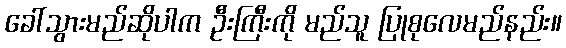
ခေါ်သွားမည်ဆိုပါက ဦးကြီးကို မည်သူ ပြုစုလေမည်နည်း။